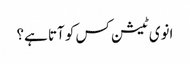
انوی ٹیشن کس کو آتا ہے؟